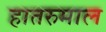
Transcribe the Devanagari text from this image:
हातरुमाल